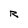
Character: R